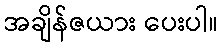
အချိန်ဇယား ပေးပါ။